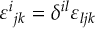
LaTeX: \varepsilon ^ { i } { } _ { j k } = \delta ^ { i l } \varepsilon _ { l j k }